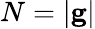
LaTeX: N=|{\mathbf g}|